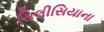
સિલીસિયાના